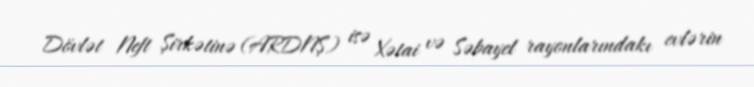
Dövlət Neft Şirkətinə (ARDNŞ) isə Xətai və Səbayel rayonlarındakı evlərin